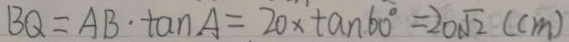
B Q = A B \cdot \tan A = 2 0 \times \tan 6 0 ^ { \circ } = 2 0 \sqrt { 2 } ( c m )